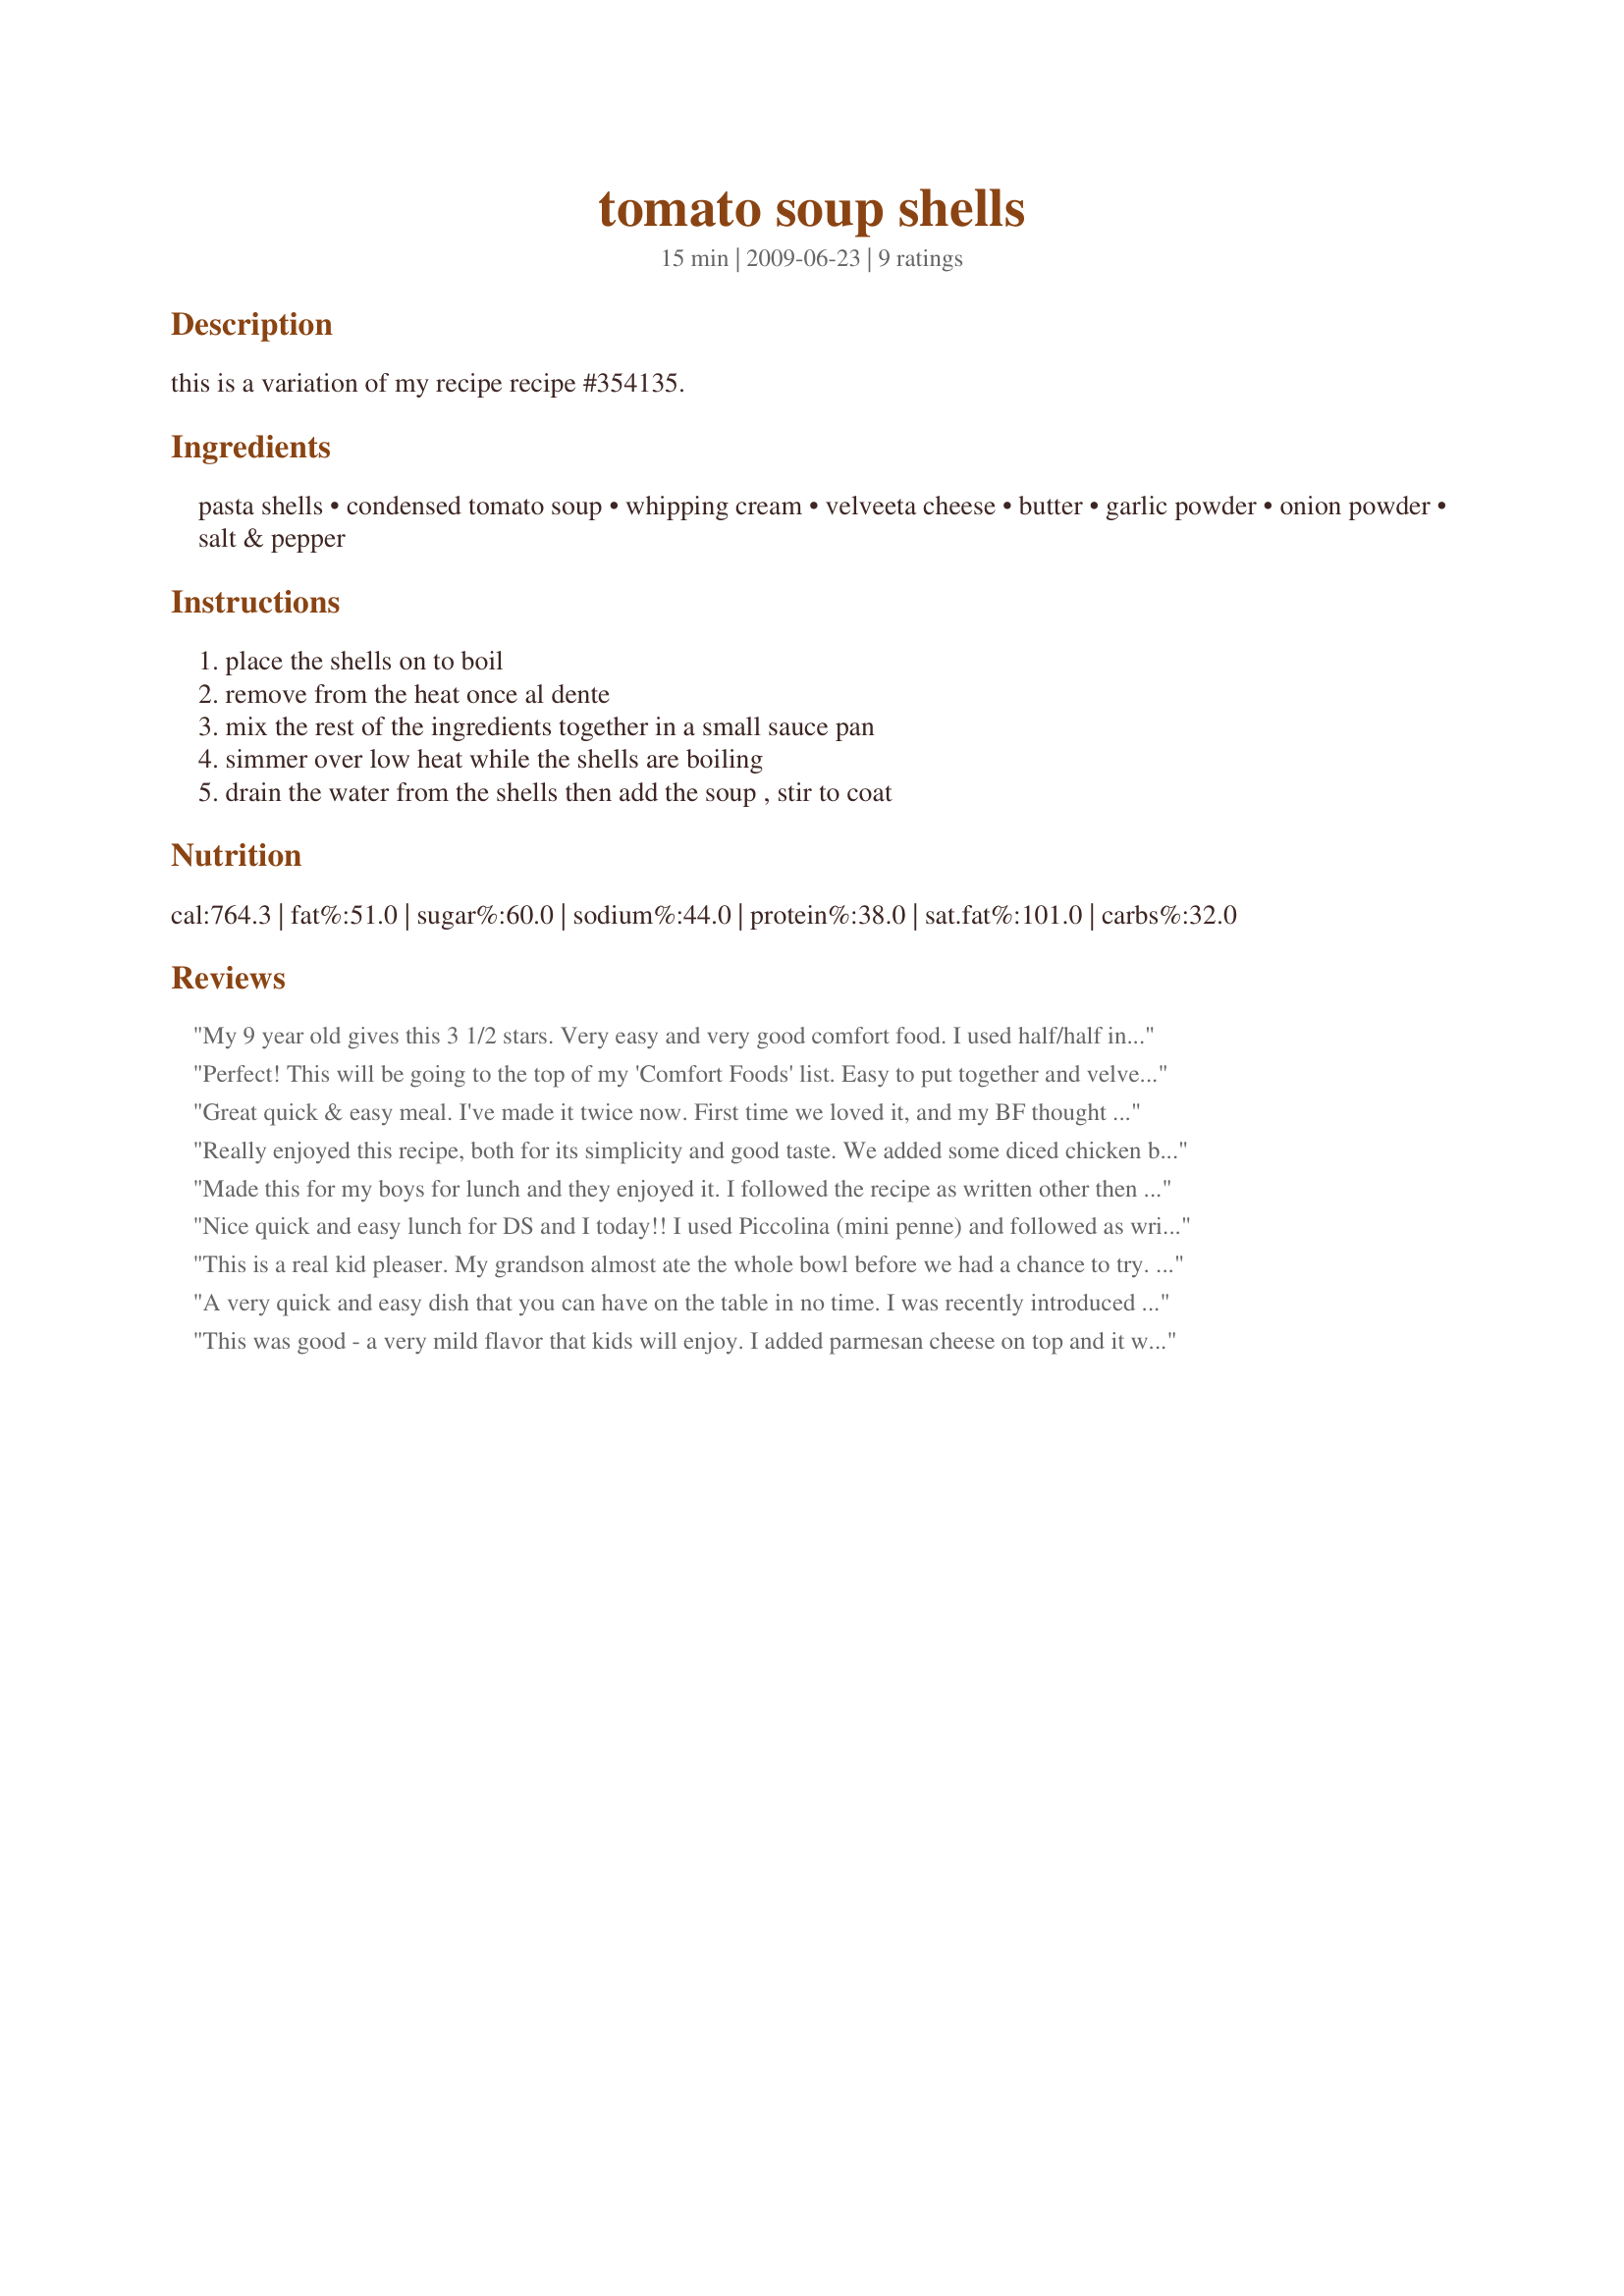
tomato soup shells
Preparation time: 15 minutes

this is a variation of my recipe recipe #354135.

Ingredients:
pasta shells, condensed tomato soup, whipping cream, velveeta cheese, butter, garlic powder, onion powder, salt & pepper

Steps:
place the shells on to boil, remove from the heat once al dente, mix the rest of the ingredients together in a small sauce pan, simmer over low heat while the shells are boiling, drain the water from the shells then add the soup , stir to coat

Reviews:
My 9 year old gives this 3 1/2 stars. Very easy and very good comfort food. I used half/half instead of whipping cream which worked out fine. Evaporated or 2% would probably work fine here too. I also cooked and drained the noodles and then made the sauce in the same pot so I had less cleaning to do.
Perfect! This will be going to the top of my 'Comfort Foods' list. Easy to put together and velvety smooth, this will serve 3. I used mini bow-ties, as that is what I had on hand. I also added a couple of basil leaves at the end and some shaved parmigiano on top before serving. Thanks, Nasseh, for sharing this yummy 'soup'!
Great quick & easy meal. I've made it twice now. First time we loved it, and my BF thought it tasted like our favorite variety of hamburger helper except without the beef. Last nite I added 1/2 lb of browned ground beef and it was a perfect 1-pot meal. This seems like it has become our new "go-to" meal on busy nites. Thanks.
Really enjoyed this recipe, both for its simplicity and good taste. We added some diced chicken breast and this was a very satisfying weeknight meal. Thanks PAC mom for this super recipe as well as for adopting me!
Made this for my boys for lunch and they enjoyed it. I followed the recipe as written other then I followed others and cooked and drained the pasta, then added the other ingredients.
Nice quick and easy lunch for DS and I today!! I used Piccolina (mini penne) and followed as written, except I cooked the pasta and then drained it, then added all the other ingredients and heated until cheese all melted. I then topped with a little shredded cheddar cheese. Thanks for sharing the recipe. Made for 123 Tag.
This is a real kid pleaser. My grandson almost ate the whole bowl before we had a chance to try. Nice, quick and easy. I added parmesan cheese as a garnish along with fresh ground pepper. Made for newest tag.
A very quick and easy dish that you can have on the table in no time. I was recently introduced to mixing stewed tomatoes with mac and cheese, and this dish had a similar flavor. I used mini farfalle because that was what I had on hand. I am looking forward to making this for my granddaughter. Made for Summer, 2009 Photo Tag.
This was good - a very mild flavor that kids will enjoy. I added parmesan cheese on top and it was a quick, tasty meal.
